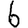
Digit: 6